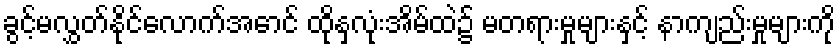
ခွင့်မလွှတ်နိုင်လောက်အောင် ထိုနှလုံးအိမ်ထဲ၌ မတရားမှုများနှင့် နာကျည်းမှုများကို